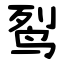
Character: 䴕